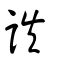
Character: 詄